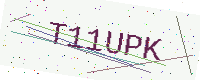
Text: T11UPK